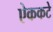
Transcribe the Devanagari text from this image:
ऐककटे